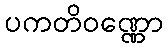
ပကတိဝဏ္ဏော